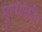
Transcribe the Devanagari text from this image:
मूल्यांकीत